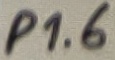
Text: P1.6